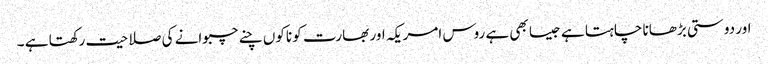
اور دوستی بڑھانا چاہتا ہے جیسا بھی ہے روس امریکہ اور بھارت کو ناکوں چنے چبوانے کی صلاحیت رکھتا ہے ۔